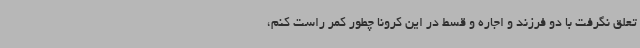
تعلق نگرفت با دو فرزند و اجاره و قسط در این کرونا چطور کمر راست کنم،